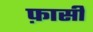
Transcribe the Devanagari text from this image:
फ़ासी